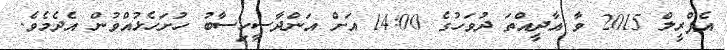
އެޕްރީލް 2015 ވާ އާދީއްތަ ދުވަހުގެ 14:00 އަށް އަންދާސީހިސާބު ހުށަހެޅުއްވުން އެދެމެވެ.